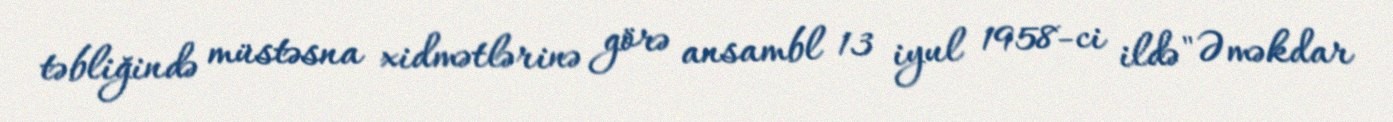
təbliğində müstəsna xidmətlərinə görə ansambl 13 iyul 1958-ci ildə "Əməkdar